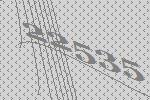
22535